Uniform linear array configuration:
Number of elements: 24
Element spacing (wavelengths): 1
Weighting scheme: uniform
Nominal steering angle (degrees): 45
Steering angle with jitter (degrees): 46.735
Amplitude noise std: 0.05
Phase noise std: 0.05

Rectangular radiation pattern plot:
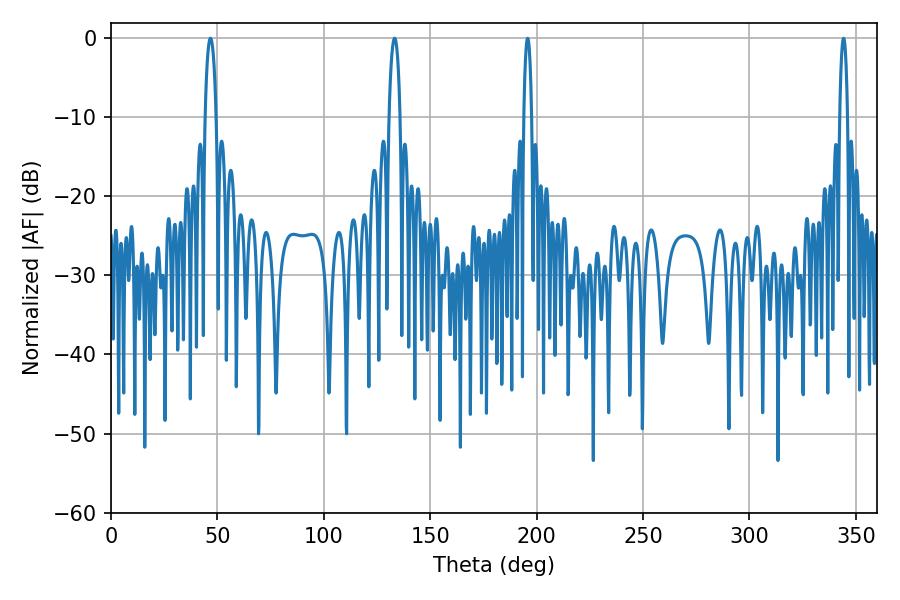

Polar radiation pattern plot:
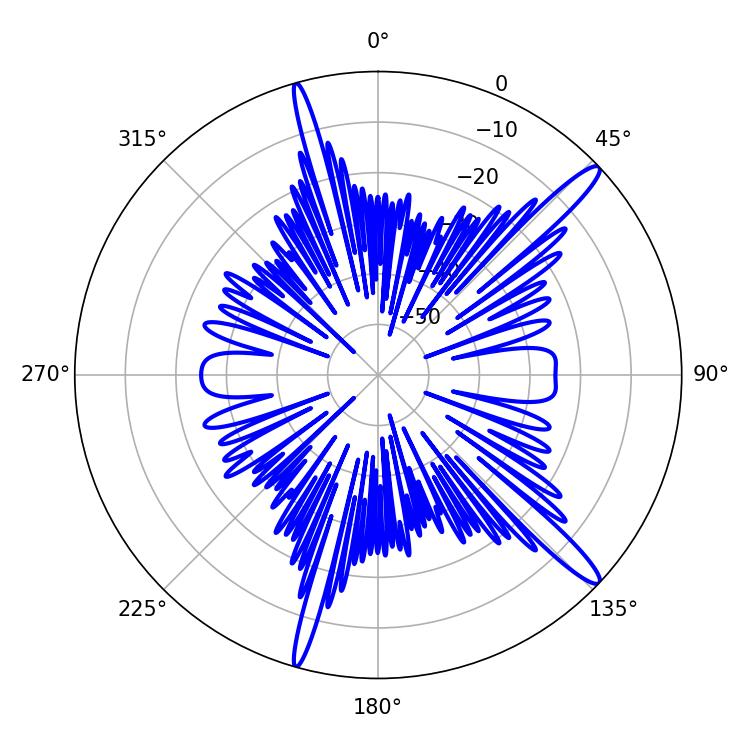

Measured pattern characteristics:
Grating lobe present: TRUE
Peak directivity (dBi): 14.96
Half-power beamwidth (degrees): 2.88
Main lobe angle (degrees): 133.2